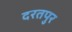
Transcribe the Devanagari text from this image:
दरतपुर